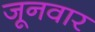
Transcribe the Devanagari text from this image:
जूनवार